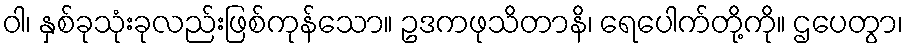
ဝါ၊ နှစ်ခုသုံးခုလည်းဖြစ်ကုန်သော။ ဥဒကဖုသိတာနိ၊ ရေပေါက်တို့ကို။ ဌပေတွာ၊